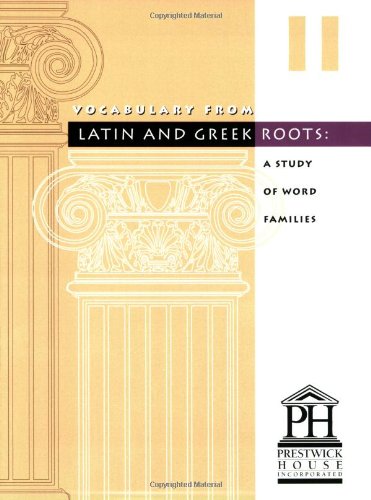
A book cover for Vocabulary from Latin and Greek Roots: Book 2; Elizabeth Osborne; Teen & Young Adult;